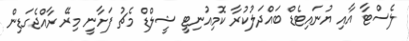
ލެސްޓާ އާއި ޔުނައިޓެޑް ބައްދަލުކުރާ ކޮމިއުނިޓީ ޝީލްޑް މެޗު ފަށާނީ މިރޭ ރާއްޖެގަޑިން